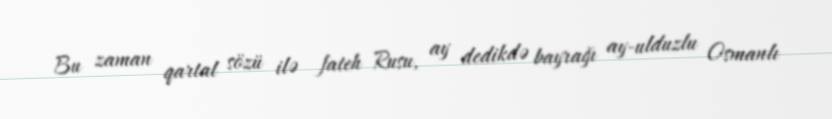
Bu zaman qartal sözü ilə fateh Rusu, ay dedikdə bayrağı ay-ulduzlu Osmanlı